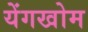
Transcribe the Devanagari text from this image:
येंगखोम